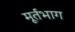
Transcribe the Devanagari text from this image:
मूर्तभाग